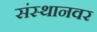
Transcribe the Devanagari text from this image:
संस्थानवर